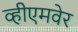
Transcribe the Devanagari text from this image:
व्हीएमवेर